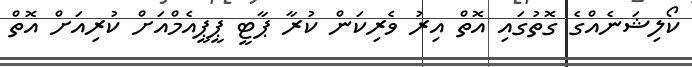
ކޯލިޝަނެއްގެ ގޮތުގައި އޮތް އިރު ވެރިކަން ކުރާ ޕާޓީ ޕީޕީއެމްއަށް ކުރިއަށް އޮތް